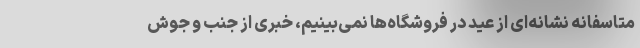
متاسفانه نشانه‌ای از عید در فروشگاه‌ها نمی‌بینیم، خبری از جنب و جوش